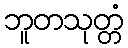
ဘူတသုတ္တံ